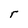
Character: r